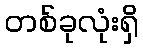
တစ်ခုလုံးရှိ